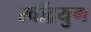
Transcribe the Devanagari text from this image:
रवींद्रयुग